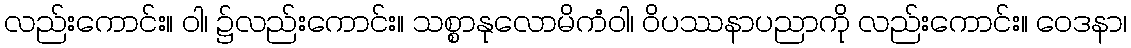
လည်းကောင်း။ ဝါ၊ ၌လည်းကောင်း။ သစ္စာနုလောမိကံဝါ၊ ဝိပဿနာပညာကို လည်းကောင်း။ ဝေဒနာ၊